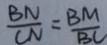
\frac { B N } { C N } = \frac { B M } { B C }